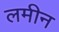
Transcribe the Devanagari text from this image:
लमीन